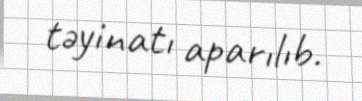
təyinatı aparılıb.